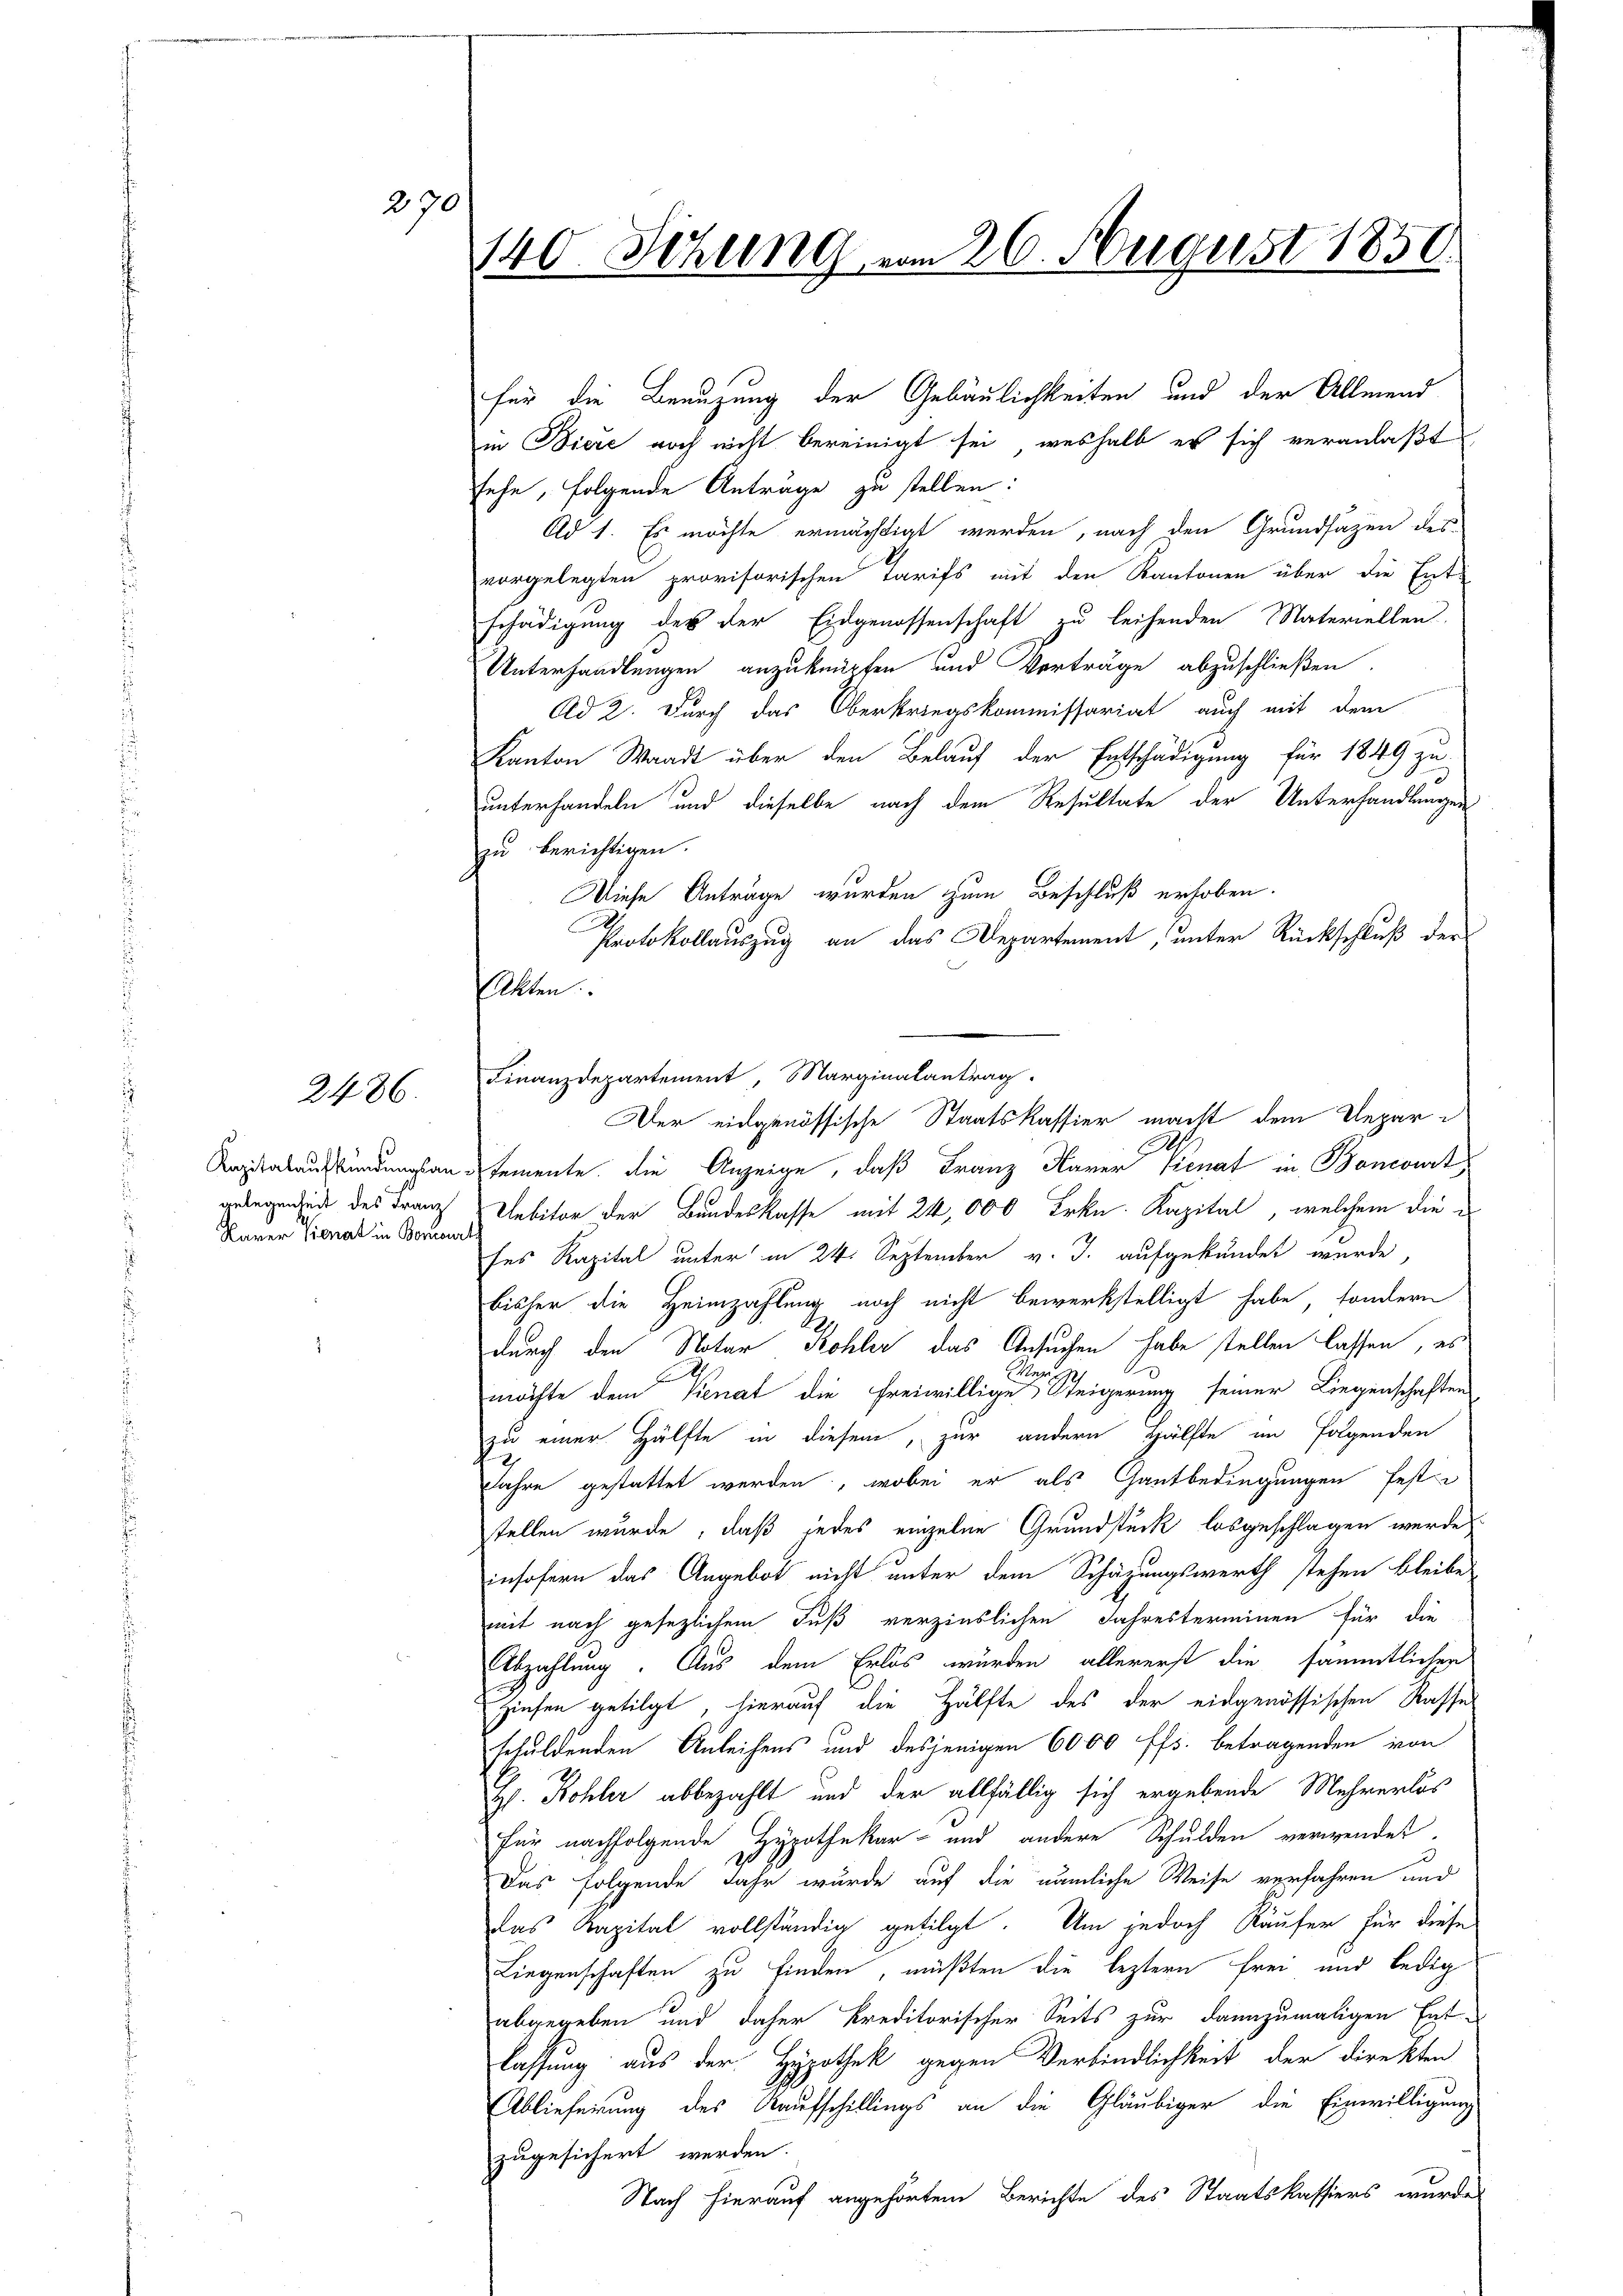
2486.

270

gelegenheit des Franz
Karer Sienat in Bomour

140. Sitzung vom 26. August 1850.

für die Benuzung der Gebäulichkeiten und der Allmend
in Biere noch nicht bereinigt sei, weshalb er sich veranlaßt
sehe, folgende Anträge zu stellen:
Ad 1. Es möchte ermächtigt werden, nach den Grundsätzen des
vorgelegten provisorischen Tarifs mit den Kantonen über die Ent-
schädigung des der Eidgenossenschaft zu leihenden Materiellen
Unterhandlungen anzuknüpfen und Verträge abzuschließen.
Ad 2. Durch das Oberkriegskommissariat auch mit dem
Kanton Waadt über den Belauf der Entschädigung für 1849 zu
unterhandeln und dieselbe nach dem Resultate der Unterhandlungen
zu berichtigen.
Diese Anträge wurden zum Beschluß erhoben.
Protokollauszug an das Departement, unter Rückschluß der
salten.
Finanzdepartement, Marginalantrag
Der eidgenössische Staatskassier macht dem Depar¬
Aapitalaufkündungsantemente die Anzeige, daß Franz Marer Kienat in Boncourt
Uebitor der Bundeskasse mit 24,000 Frkn. Kapital, welchem die
ses Kapital unter in 24. September v. J. aufgekündet wurde,
bisher die Heimzahlung noch nicht bewerkstelligt habe, sondern
durch den Notar Kohler das Ansuchen habe stellen lassen, es
h
möchte dem Vienat die freiwillige Steigerung seiner Liegenschaften
zu einer Hälfte in diesem, zur andern Hälfte im folgenden
Jahre gestattet werden, wobei er als Gantbedingungen feste
stellen wurde, daß jedes einzelne Grundstück losgeschlagen werde,
insofern das Angebot nicht unter dem Schäzungswerth stehen bleibe
mit nach gesezlichem Fuß verzinslichen Jahresterminen für die
Abzahlung. Aus dem Erlös würden, allererst die sämmtlichen
Zinsen getilgt, hierauf die Hälfte des der eidgenössischen Rasse
schuldenden Anleihens und desjenigen 6000 ffs. betragenden von
H. Kohler abbezahlt und der allfällig sich ergebende Mehrerlös
für nachfolgende Hypothekar- und andere Schulden verwendet.
Das folgende Jahr wurde auf die nämliche Weise verfahren und
das Kapital vollständig getilgt. Um jedoch Käufer für diese
Liegenschaften zu finden, müßten die leztern frei und ledig
abgegeben und daher kreditorischer Seits zur dannzumaligen Entlassung aus der Hypothek gegen Verbindlichkeit der Direkten
Ablieferung des Kaufschillings an die Gläubiger die Einwilligung
zugesichert werden.
Nach hierauf angehörtem Berichte des Staatskassiers wurde